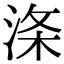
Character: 涤